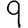
Digit: 9